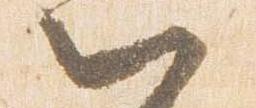
以